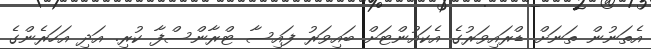
އެތަނުން ތަނަށް ޑްރައިވަރުގެ އެކައުންޓަށް ބައިވަރު ފައިސާ ޓްރާންސްފާ ކުރި. އަދި އަހަރެންގެ